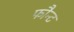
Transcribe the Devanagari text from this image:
फौन्ट